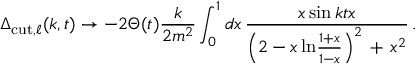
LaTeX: \Delta _ { \mathrm { c u t } , \ell } ( k , t ) \rightarrow - 2 \Theta ( t ) \frac { k } { 2 m ^ { 2 } } \int _ { 0 } ^ { 1 } d x \, \frac { x \sin k t x } { \left( 2 - x \, \mathrm { l n } \frac { 1 + x } { 1 - x } \right) ^ { 2 } \, + \, x ^ { 2 } } \, .